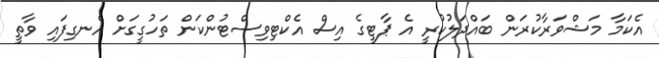
އެކަމާ މަޝްވަރާކުރަން ބައްދަލުކުރީ އެ ޕާޓީގެ އިސް އެކްޓިވިސްޓުންކަން ތަހުގީގަށް އެނގިފައި ވާތީ